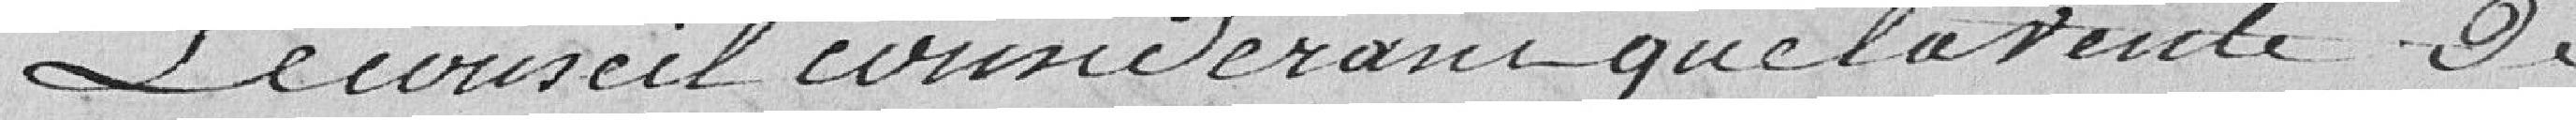
Le Conseil considérant que la vente de